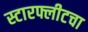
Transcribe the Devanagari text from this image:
स्टारफ्लीटचा